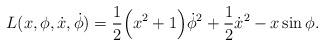
LaTeX: \begin{align*}L(x,\phi,\dot x,\dot \phi)= \frac{1}{2}\Big(x^2+1\Big)\dot\phi^2+\frac{1}{2}\dot x^2 -x\sin\phi.\end{align*}